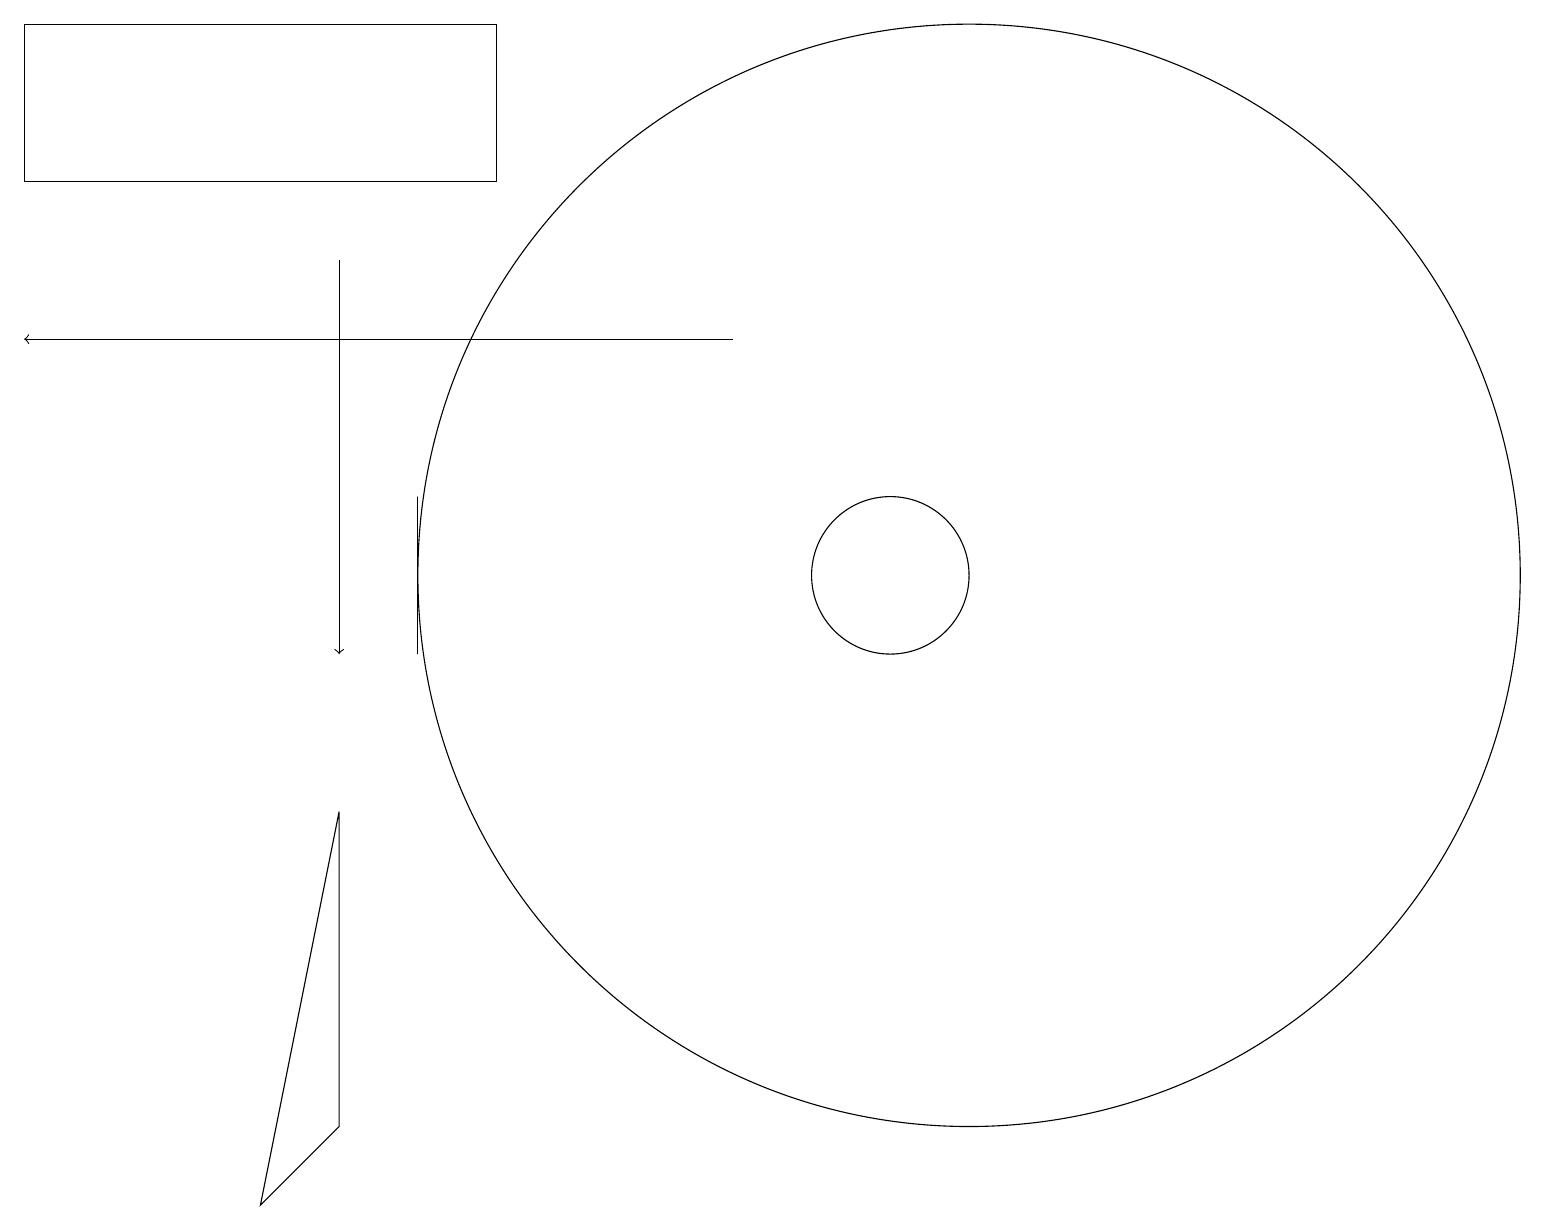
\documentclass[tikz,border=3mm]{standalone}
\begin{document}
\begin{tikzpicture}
\draw (11,11) circle (1);
\draw (4,4) -- (4,8) -- (3,3) -- cycle;
\draw (12,11) circle (7);
\draw[->] (9,14) -- (0,14);
\draw[->] (4,15) -- (4,10);
\draw (0,18) rectangle (6,16);
\draw (5,10) rectangle (5,12);
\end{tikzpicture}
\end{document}